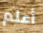
أعلم